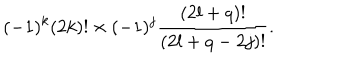
LaTeX: ( - 1 ) ^ { k } ( 2 k ) ! \times ( - 1 ) ^ { j } \frac { ( 2 l + q ) ! } { ( 2 l + q - 2 j ) ! } .